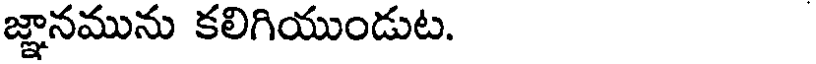
జ్ఞానమును కలిగియుండుట.